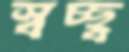
স্বচ্ছ্ব